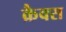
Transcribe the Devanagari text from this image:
क्रैक्स